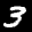
Label: 3